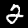
Digit: 2